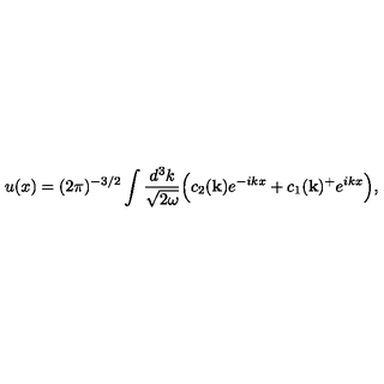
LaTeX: u ( x ) = ( 2 \pi ) ^ { - 3 / 2 } \int \frac { d ^ { 3 } k } { \sqrt { 2 \omega } } \Bigl ( c _ { 2 } ( { \bf { k } } ) e ^ { - i k x } + c _ { 1 } ( { \bf { k } } ) ^ { + } e ^ { i k x } \Bigr ) ,